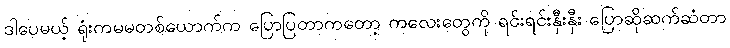
ဒါပေမယ့် ရုံးကမမတစ်ယောက်က ပြောပြတာကတော့ ကလေးတွေကို ရင်းရင်းနှီးနှီး ပြောဆိုဆက်ဆံတာ